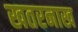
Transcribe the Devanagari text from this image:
खतरनाख